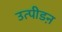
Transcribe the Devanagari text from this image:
उत्पीडऩ